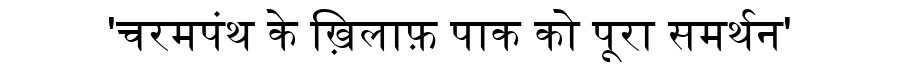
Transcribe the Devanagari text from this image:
'चरमपंथ के ख़िलाफ़ पाक को पूरा समर्थन'